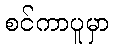
စင်ကာပူမှာ